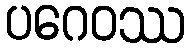
ပဂေဝဿ